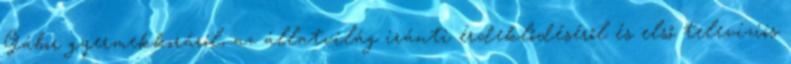
Gábor gyermekkoráról, az állatvilág iránti érdeklődéséről és első televíziós